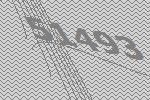
51493